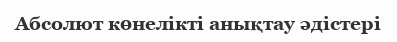
Абсолют көнелiктi анықтау әдістері